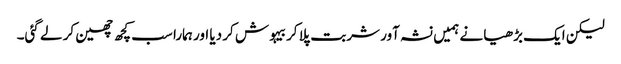
لیکن ایک بڑھیا نے ہمیں نشہ آور شربت پلا کر بیہوش کر دیا اور ہمارا سب کچھ چھین کر لے گئی۔